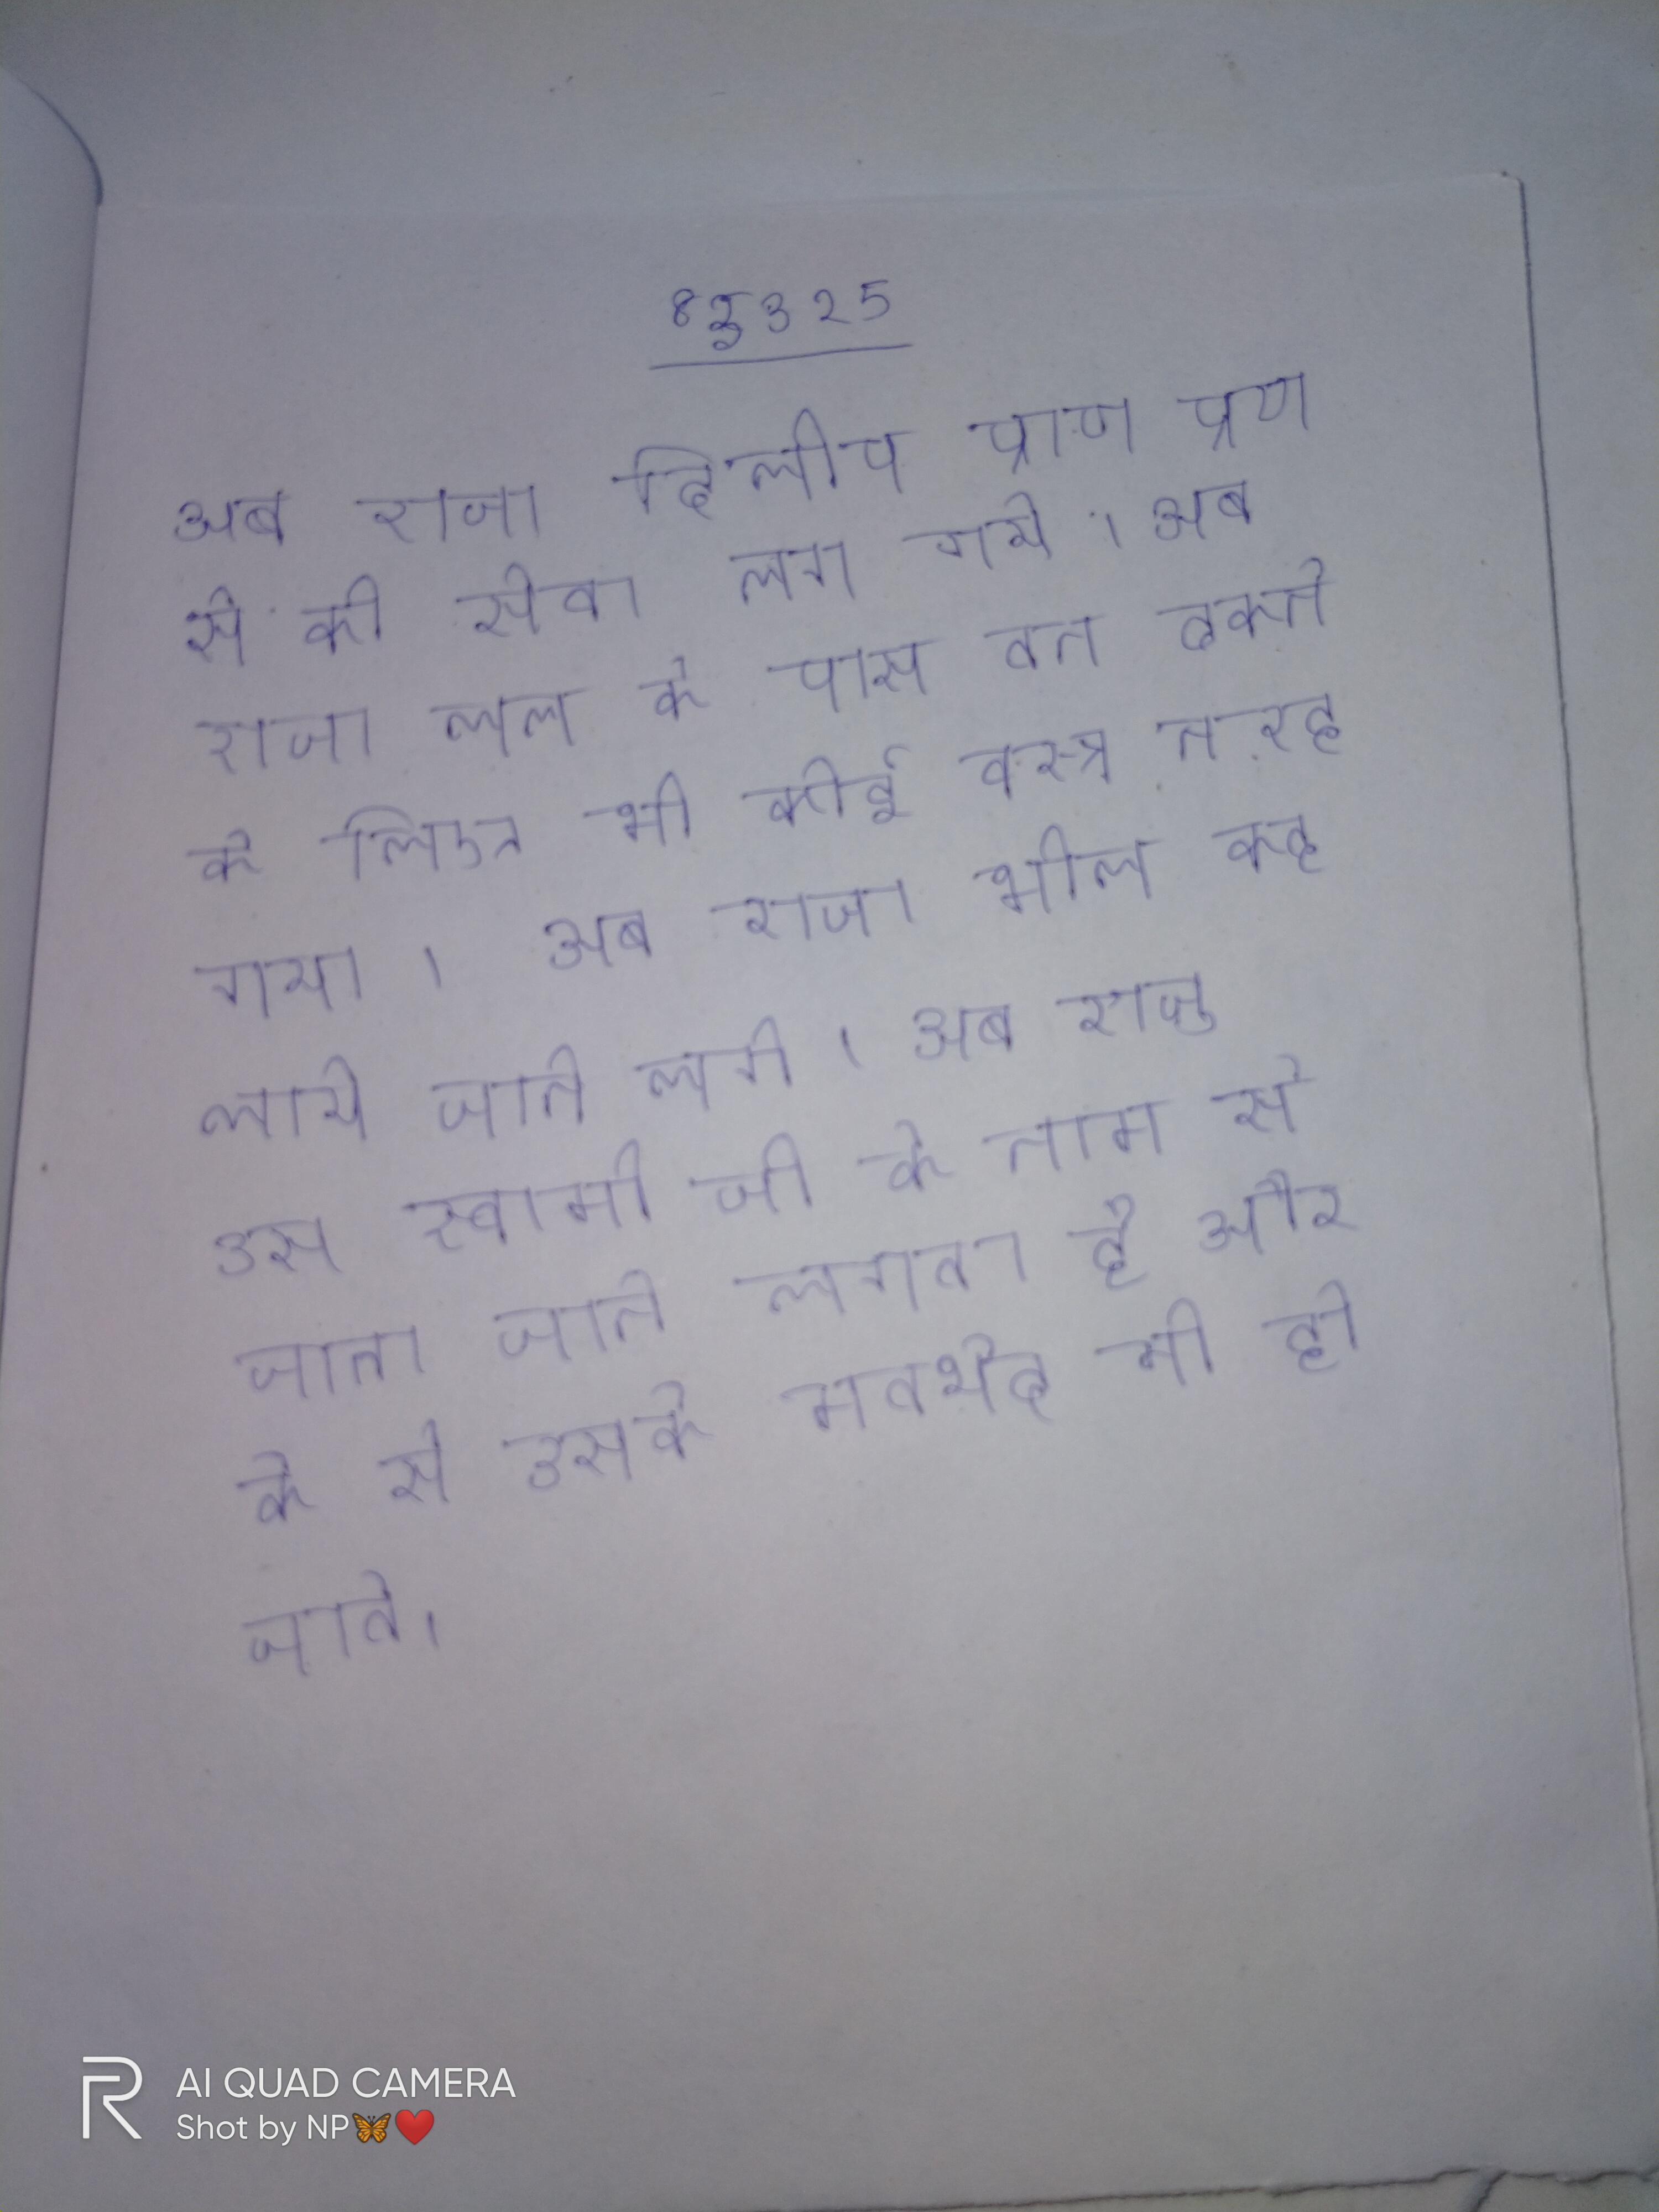
अब राजा दिलीप प्राण प्रण से की सेवा लग गये । अब राजा नल के पास तन ढकने के लिए भी कोई वस्त्र न रह गया । अब राजा भील कहलाये जाने लगे । अब राजू उस स्वामी जी के नाम से जाना जाने लगता है और के से उसके मतभेद भी हो जाते ।